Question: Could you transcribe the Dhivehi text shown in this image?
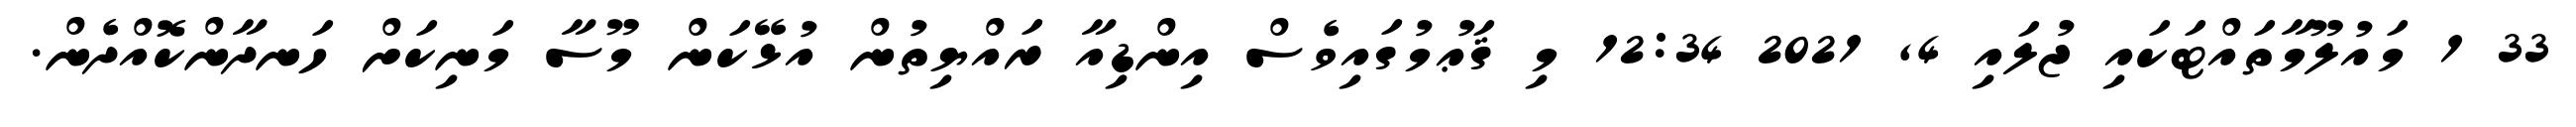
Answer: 33 1 މައުލޫމާތައްޓަކައި ޖުލައި 4, 2021 12:34 މި ޤަޢުމުގައިވެސް އިންޑިއާ ރައްޔިތުން އުޅޭކަން މޫސާ މަނިކަށް ހަނދާންކޮއްދެން.